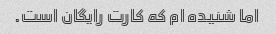
اما شنیده ام که کارت رایگان است.